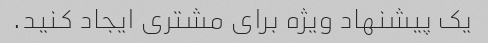
یک پیشنهاد ویژه برای مشتری ایجاد کنید.